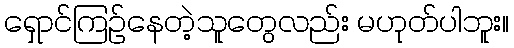
ရှောင်ကြဉ်နေတဲ့သူတွေလည်း မဟုတ်ပါဘူး။